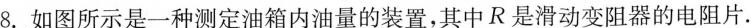
8.如图所示是一种测定油箱内油量的装置，其中R是滑动变阻器的电阻片。